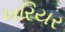
ખરિયર